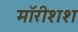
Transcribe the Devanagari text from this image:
मॉरीशश